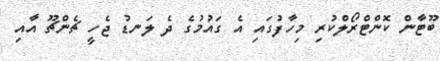
ބޫޓާން ކޮންޓްރޯލްކުރި މިހާފުގައި އެ ގައުމުގެ ދެ ލަނޑު ޖެހީ ޗެންޗޫ އާއި